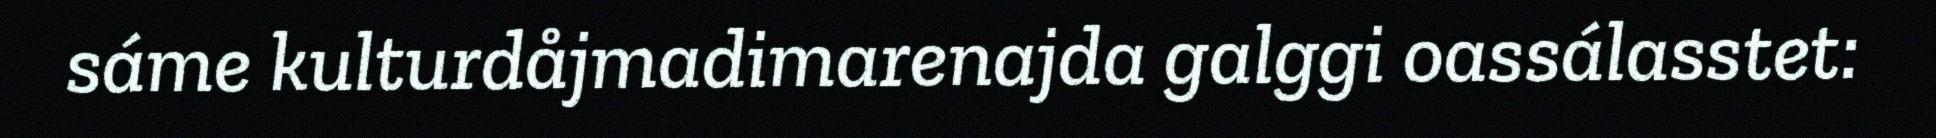
sáme kulturdåjmadimarenajda galggi oassálasstet: